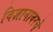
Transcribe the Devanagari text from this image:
विज्ञानावरचे